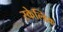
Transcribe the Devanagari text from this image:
स्केल्डिक